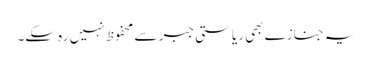
یہ جنازے بھی ریاستی جبر سے محفوظ نہیں رہ سکے۔